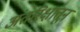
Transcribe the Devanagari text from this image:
अंतरिक्षांतून